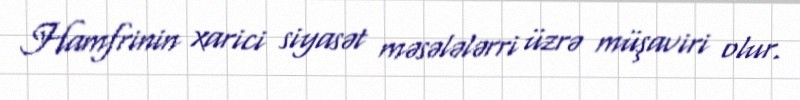
Hamfrinin xarici siyasət məsələlərri üzrə müşaviri olur.